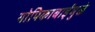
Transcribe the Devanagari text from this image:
गोपिकाबाईंमुळे